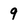
Character: 9